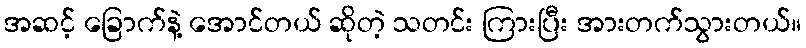
အဆင့် ခြောက်နဲ့ အောင်တယ် ဆိုတဲ့ သတင်း ကြားပြီး အားတက်သွားတယ်။